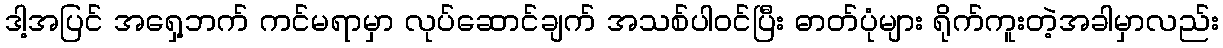
ဒါ့အပြင် အရှေ့ဘက် ကင်မရာမှာ လုပ်ဆောင်ချက် အသစ်ပါဝင်ပြီး ဓာတ်ပုံများ ရိုက်ကူးတဲ့အခါမှာလည်း